Plague in India, 1896, 1897 - Volume 1
Year: 1896
Disease focus: Plague
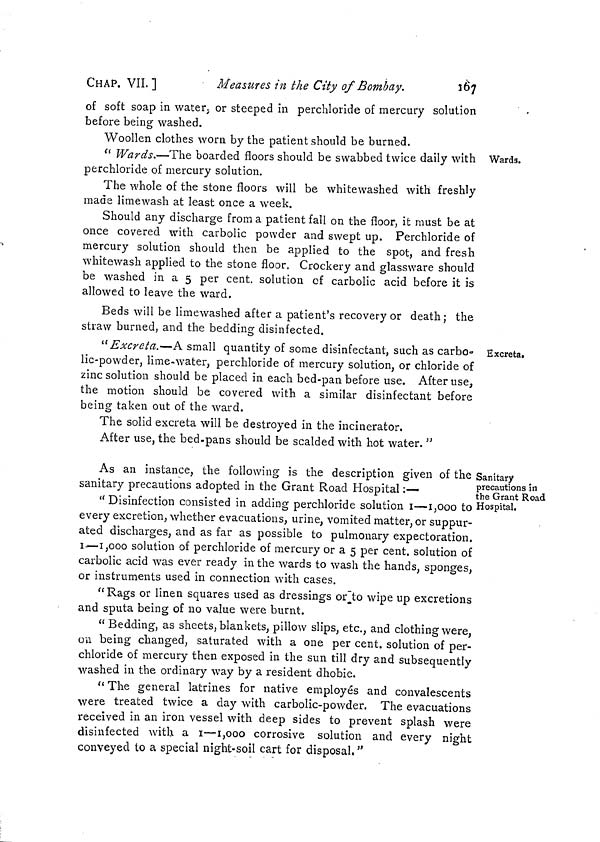
CHAP. VII. ]
Measures in the City of Bombay.
167
of soft soap in water, or steeped in perchloride of mercury solution
before being washed.
Wards.
Woollen clothes worn by the patient should be burned.
" Wards.—The boarded floors should be swabbed twice daily with
perchloride of mercury solution.
The whole of the stone floors will be whitewashed with freshly
made limewash at least once a week.
Should any discharge from a patient fall on the floor, it must be at
once covered with carbolic powder and swept up. Perchloride of
mercury solution should then be applied to the spot, and fresh
whitewash applied to the stone floor. Crockery and glassware should
be washed in a 5 per cent, solution of carbolic acid before it is
allowed to leave the ward.
Beds will be limewashed after a patient's recovery or death; the
straw burned, and the bedding disinfected.
Excreta.
"Excreta.—A small quantity of some disinfectant, such as carbo-
lie-powder, lime-water, perchloride of mercury solution, or chloride of
zinc solution should be placed in each bed-pan before use. After use,
the motion should be covered with a similar disinfectant before
being taken out of the ward.
The solid excreta will be destroyed in the incinerator.
After use, the bed-pans should be scalded with hot water. "
Sanitary
precautions in
the Grant Road
Hospital.
As an instance, the following is the description given of the
sanitary precautions adopted in the Grant Road Hospital :—
"Disinfection consisted in adding perchloride solution 1—1,000 to
every excretion, whether evacuations, urine, vomited matter, or suppur-
ated discharges, and as far as possible to pulmonary expectoration.
1—1,000 solution of perchloride of mercury or a 5 per cent. solution of
carbolic acid was ever ready in the wards to wash the hands, sponges,
or instruments used in connection with cases.
"Rags or linen squares used as dressings or to wipe up excretions
and sputa being of no value were burnt.
" Bedding, as sheets, blankets, pillow slips, etc., and clothing were,
ou being changed, saturated with a one per cent. solution of per-
chloride of mercury then exposed in the sun till dry and subsequently
washed in the ordinary way by a resident dhobie.
" The general latrines for native employés and convalescents
were treated twice a day with carbolic-powder. The evacuations
received in an iron vessel with deep sides to prevent splash were
disinfected with a 1—1,000 corrosive solution and every night
conveyed to a special night-soil cart for disposal, "